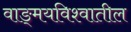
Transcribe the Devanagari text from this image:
वाङ्‌मयविश्‍वातील